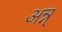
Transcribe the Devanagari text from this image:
अन्न्